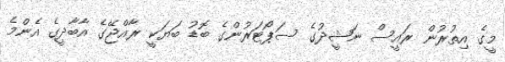
މީގެ އިތުރުން ރައީސް ނަޝީދުގެ ސަޕޯޓަރުންގެ ބޮޑު ބަޔަކީ ރާއްޖޭގެ އާބާދީގެ އެންމެ